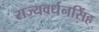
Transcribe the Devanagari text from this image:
राज्यवर्धनसिंह